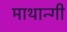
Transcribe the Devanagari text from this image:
माथान्गी